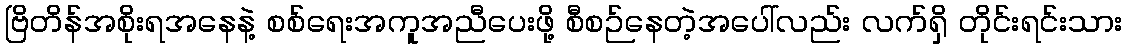
ဗြိတိန်အစိုးရအနေနဲ့ စစ်ရေးအကူအညီပေးဖို့ စီစဉ်နေတဲ့အပေါ်လည်း လက်ရှိ တိုင်းရင်းသား